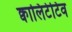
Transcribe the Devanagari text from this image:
क्वालिटेटिव